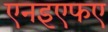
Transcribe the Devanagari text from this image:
एनइएफए